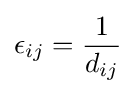
\epsilon _{ij}={\frac {1}{d_{ij}}}